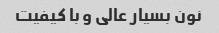
نون بسیار عالی و با کیفیت